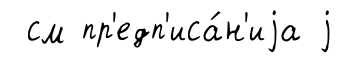
см пр'едп'иса́н'иjа j